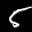
Label: 5